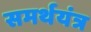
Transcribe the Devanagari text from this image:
समर्थयंत्र